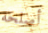
أصلحه